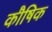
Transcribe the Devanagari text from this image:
कौषिक